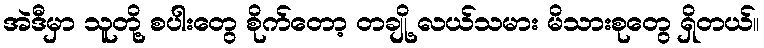
အဲဒီမှာ သူတို့ စပါးတွေ စိုက်တော့ တချို့ လယ်သမား မိသားစုတွေ ရှိတယ်။